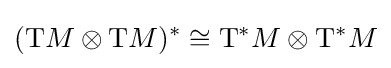
(\mathrm {T} M\otimes \mathrm {T} M)^{*}\cong \mathrm {T} ^{*}M\otimes \mathrm {T} ^{*}M